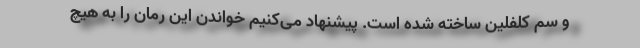
و سم کلفلین ساخته شده است. پیشنهاد می‌کنیم خواندن این رمان را به هیچ